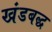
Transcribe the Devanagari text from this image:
खंडबद्ध